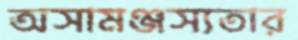
অসামঞ্জস্যতার